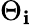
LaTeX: \Theta_{\mathbf{i}}